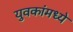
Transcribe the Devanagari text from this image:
युवकांमध्ये